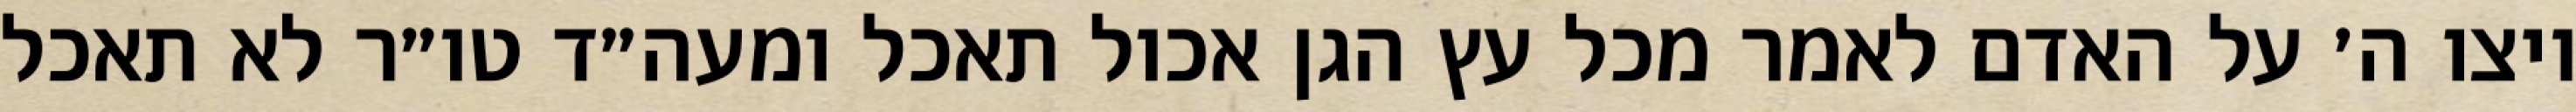
ויצו ה׳ על האדם לאמר מכל עץ הגן אכול תאכל ומעה״ד טו״ר לא תאכל